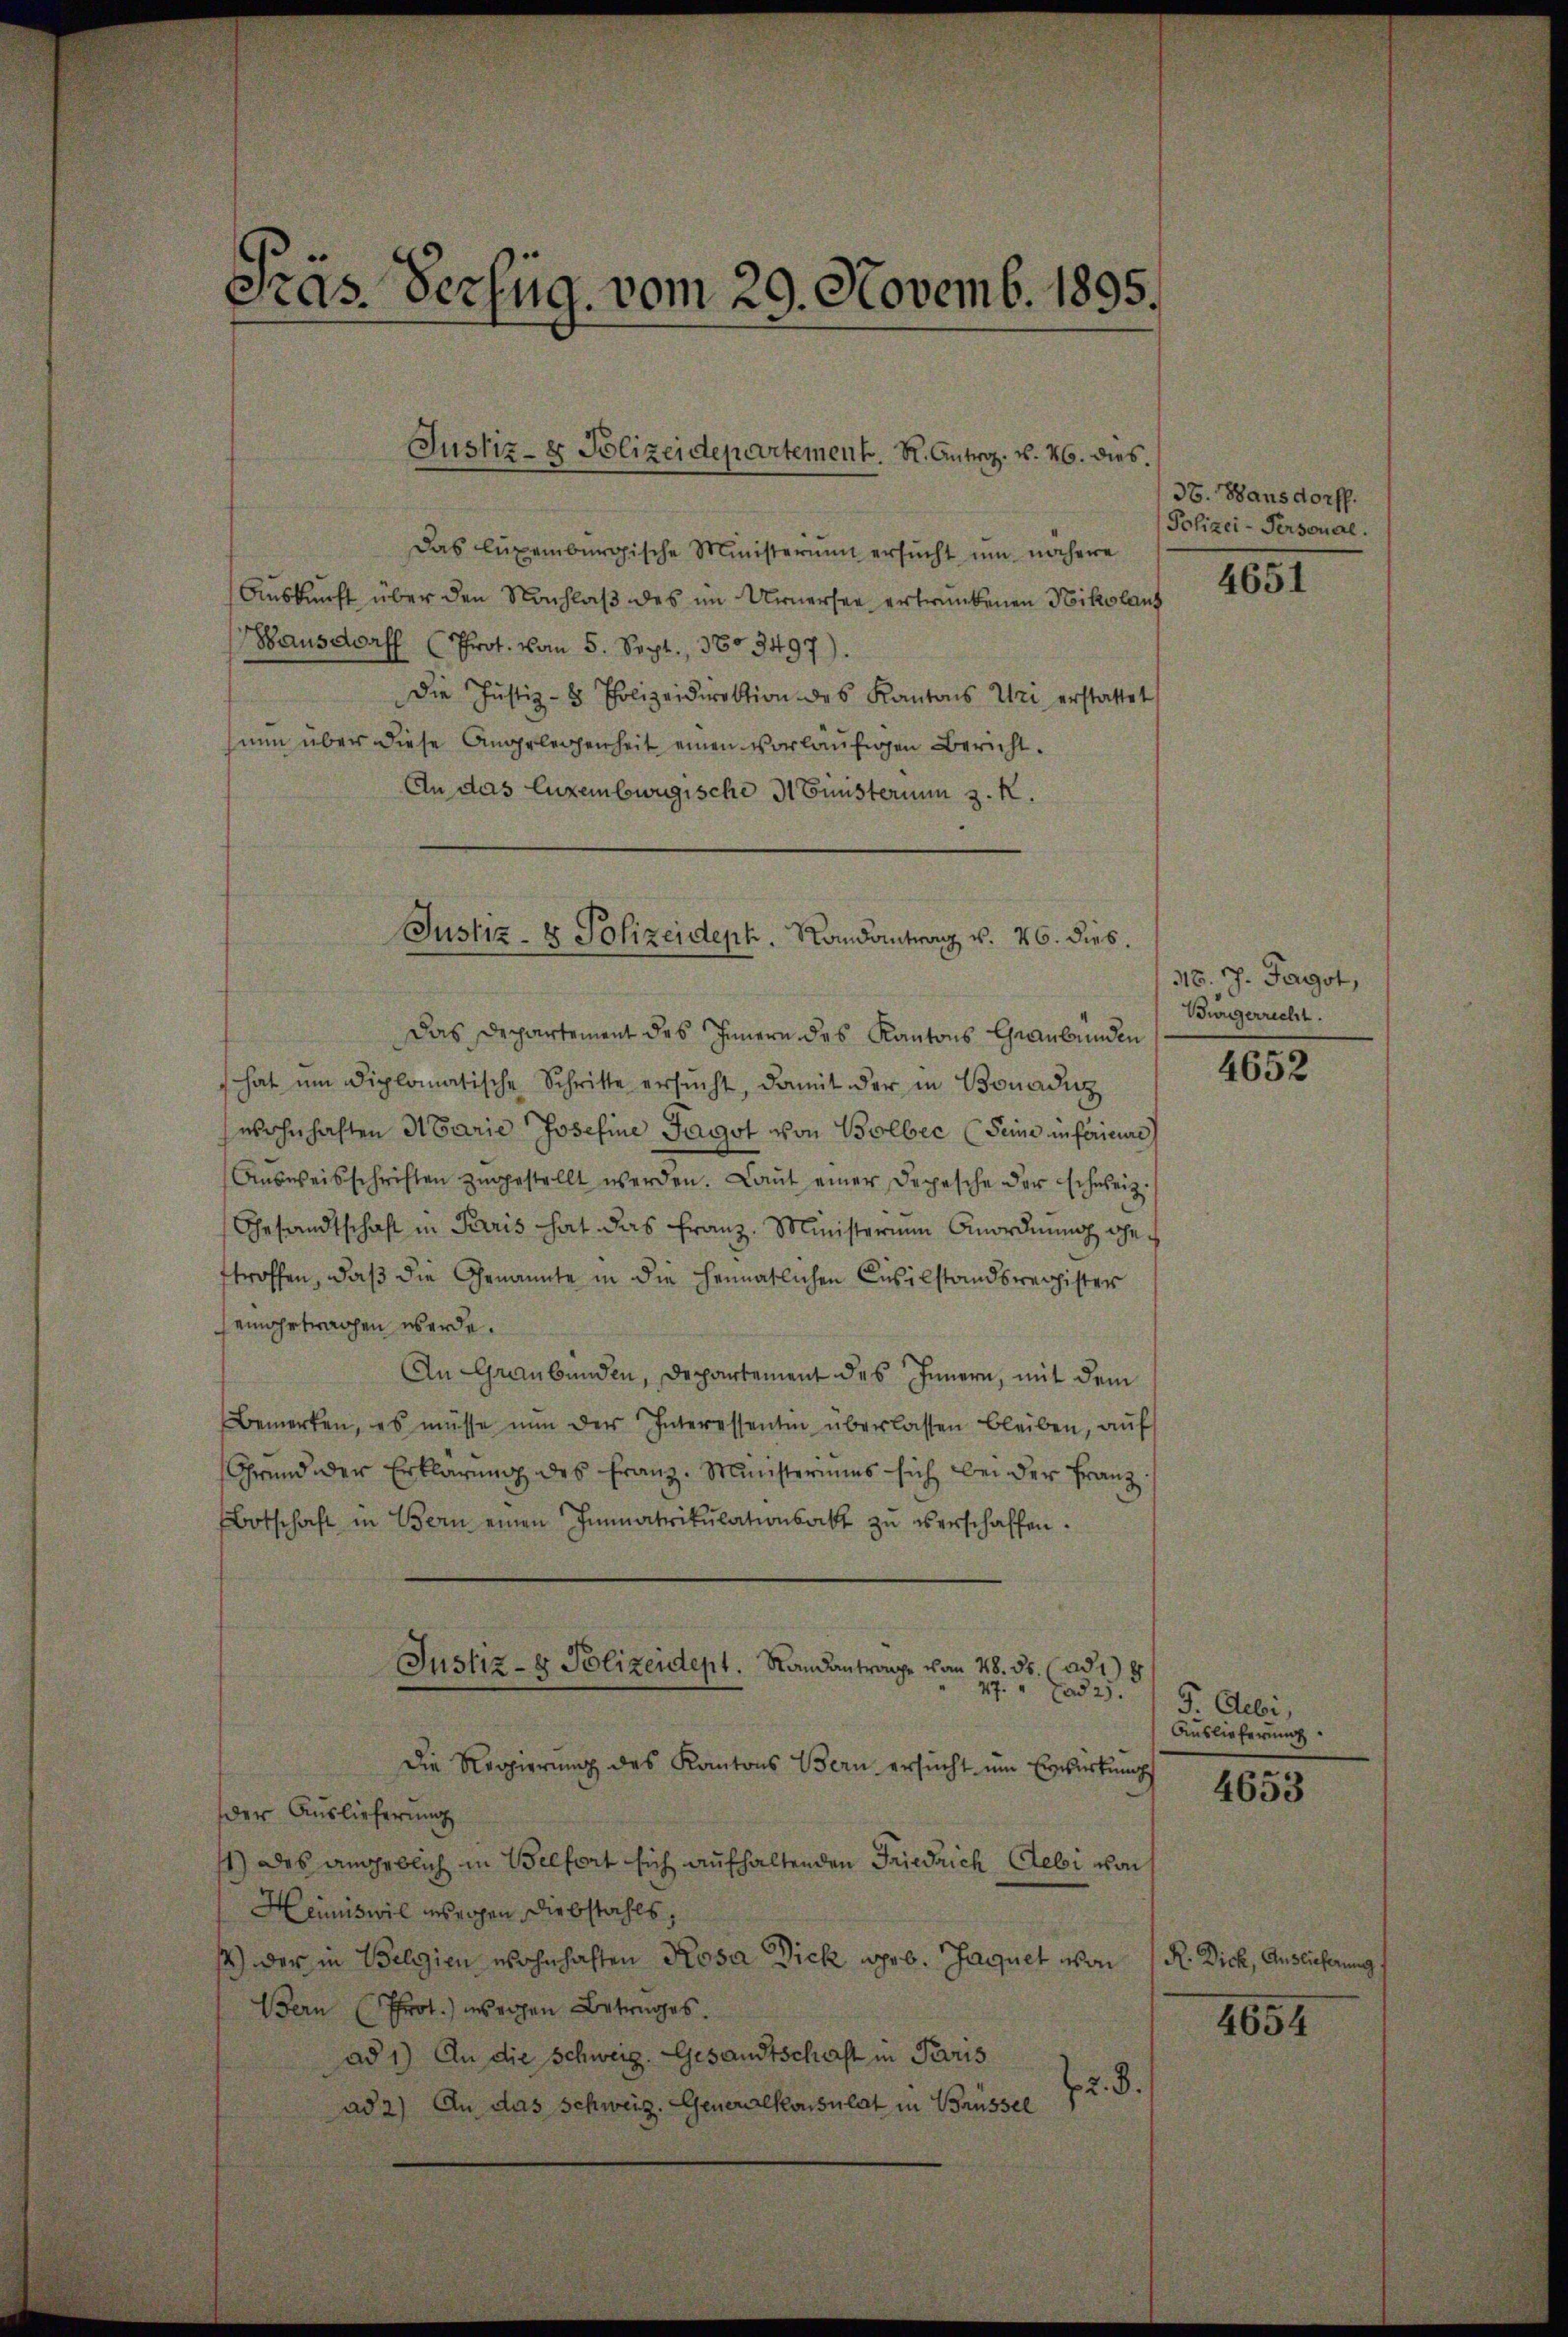
Sras. Verfüg, vom 29. Novemb. 1895.

Das luxenburgische Ministerium ersucht um nähere
Auskunft über den Nachlaß des im Urnersee ertrunkenen Nikolaus
ausdorf (Prot. von 5. Sept., 3803497).
Die Justiz- & Polizeidirektion des Kantons Uri erstattet
nun über diese Angelegenheit einen vorläufigen Bericht.
An das luxembwegische A Gunsterium z. K.

Justiz- & Polizeidepartement. K. Antrag. v. 26. dies.

Justiz- & Polizeideph. Mandantrag v. 26. dies.

Das Departement des Innern des Kantons Graubünden
hat um diplomatische Schritte ersŭcht, damit der in Bonadi
wohnhaften Marie Josefine Fagot von Bolbec (Seine inférieurs)
Aŭsweisschriften zŭgestellt werden. Laut einer Depesche der schweiz.
Gesandtschaft in Paris hat das Franz. Ministerium Anordnŭng ge-
troffen, daß die Genannte in die heimatlichen Civilstandsreichister
seigetrachen werde.
An Graubünden, Departement des Innern, mit dem
Bemerken, es müsse nŭn der Interessentin überlassen bleiben, auf
Grund der Erklärung des Franz. Ministeriums sich bei der Franz
Botschaft in Bern einen Immatrikulationsakt zŭ verschaffen.
Justiz- & Polizeident. Sandantrage von 48. ds. (ad 18
27. ad 2. 19. Debi,
Die Regierung des Kantons Bern ersucht um Erwirkung
der Auslieferung
1) des angeblich in Belfort sich aufhaltenden Friedrich Gebi von
Heimiswil erseigen Diebstahls,
14) der in Belgien wohnhaften Rosa Dick geb. Jaquet von
Bern (Prot.) weigen Betrages.
ad 1) An die Schweiz. Gesandtschaft in Paris
2. d.
p
ad 2) An das Schweiz. Generalkonsulat in Brüssel

36. Hansdorff.
Polizei-Personal.

4651

15. J. Fagot,
Bwurgerrecht.

4652

Auslieferung

4653

R. Dich, Auslieferung

4654